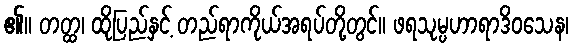
၏။ တတ္ထ၊ ထိုပြည်နှင့် တည်ရာကိုယ်အရပ်တို့တွင်။ ဖရသုမ္ပဟာရာဒိဝသေန၊